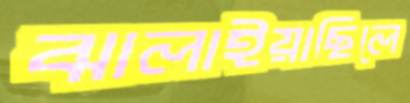
ঝালাইয়াছিলে